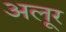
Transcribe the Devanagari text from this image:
अलूर